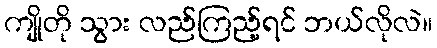
ကျိုတို သွား လည်ကြည့်ရင် ဘယ်လိုလဲ။